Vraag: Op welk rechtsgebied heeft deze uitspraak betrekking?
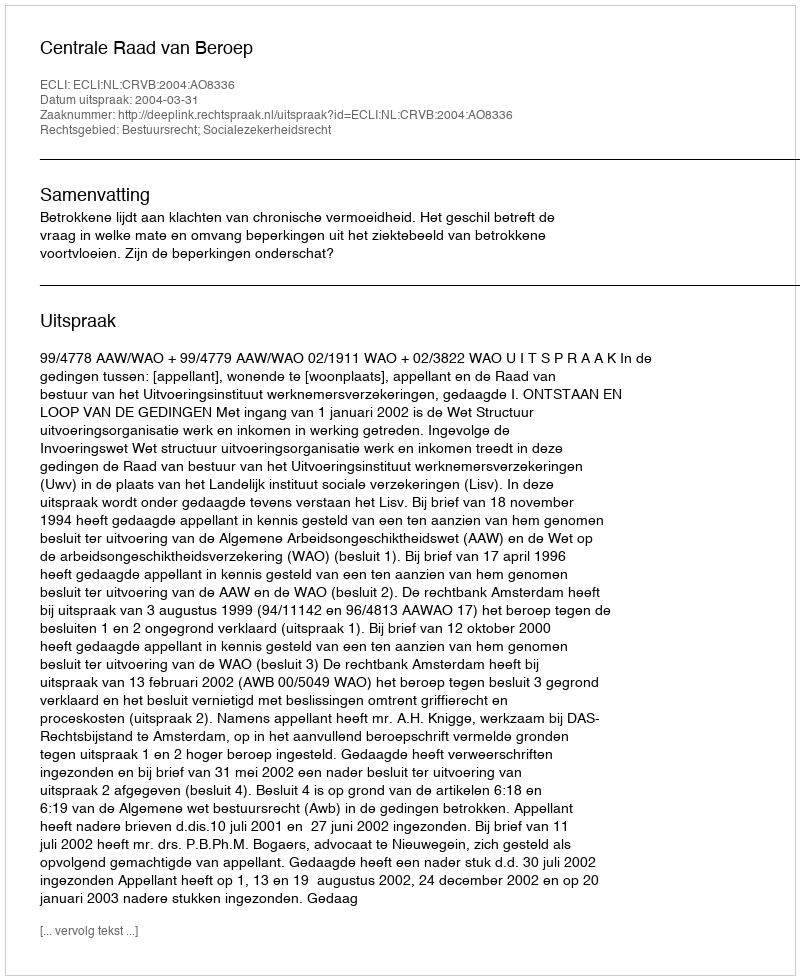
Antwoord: Bestuursrecht; Socialezekerheidsrecht